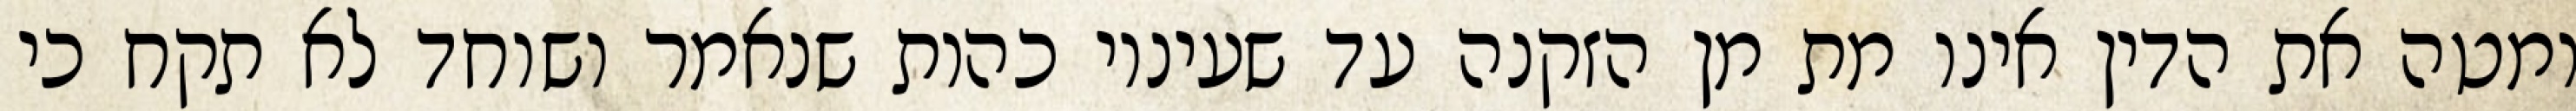
ומטה את הדין אינו מת מן הזקנה עד שעיניו כהות שנאמר ושוחד לא תקח כי